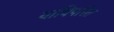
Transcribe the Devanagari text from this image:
याविपरित